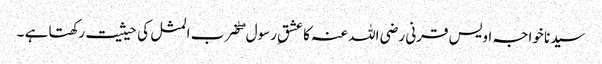
سیدنا خواجہ اویس قرنی رضی اللہ عنہ کا عشقِ رسول ۖ ضرب المثل کی حیثیت رکھتا ہے ۔